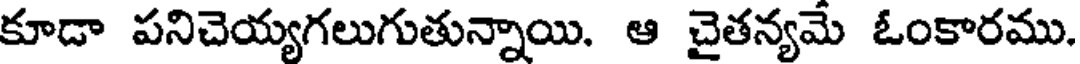
కూడా పనిచెయ్యగలుగుతున్నాయి. ఆ చైతన్యమే ఓంకారము.